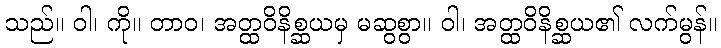
သည်။ ဝါ၊ ကို။ တာဝ၊ အတ္ထဝိနိစ္ဆယမှ မဆွစွာ။ ဝါ၊ အတ္ထဝိနိစ္ဆယ၏ လက်မွန်။